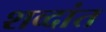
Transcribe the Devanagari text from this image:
शव्दांत